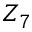
Z _ { 7 }